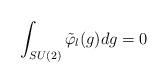
LaTeX: \begin{align*}\int_{SU(2)}\tilde{\varphi}_{l}(g)dg=0\end{align*}